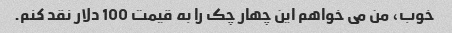
خوب، من می خواهم این چهار چک را به قیمت 100 دلار نقد کنم.